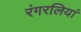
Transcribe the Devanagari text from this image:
रंगरलियां